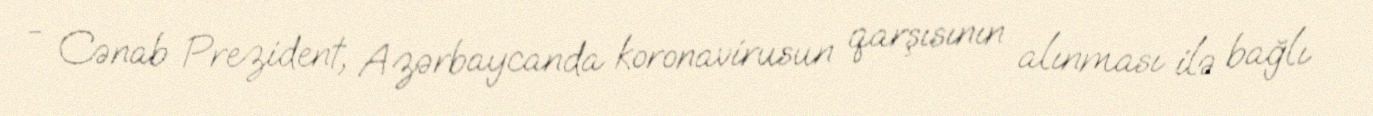
- Cənab Prezident, Azərbaycanda koronavirusun qarşısının alınması ilə bağlı